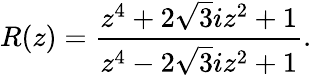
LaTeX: R(z)=\frac{z^{4}+2\sqrt{3}iz^{2}+1}{z^{4}-2\sqrt{3}iz^{2}+1}.